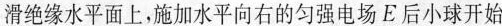
滑绝缘水平面上，施加水平向右的匀强电场E后小球开始